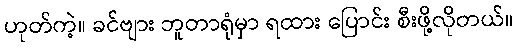
ဟုတ်ကဲ့။ ခင်ဗျား ဘူတာရုံမှာ ရထား ပြောင်း စီးဖို့လိုတယ်။